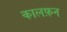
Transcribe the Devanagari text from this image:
कालफ़न